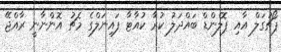
ޕޯޗުގަލް އާއި ޕޮލެންޑް ބައްދަލު ކުރާ ކުއާޓާ ފައިނަލްގެ މެޗު އޮންނާނީ ރާއްޖޭ